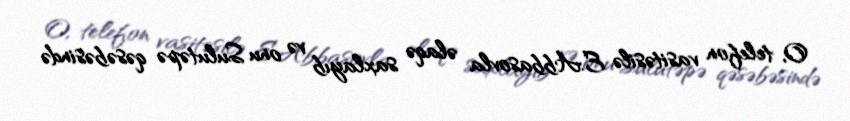
O, telefon vasitəsilə E.Abbasovla əlaqə saxlayıb və onu Sulutəpə qəsəbəsində